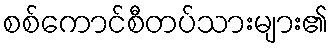
စစ်ကောင်စီတပ်သားများ၏